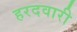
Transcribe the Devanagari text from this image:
हरदवारी